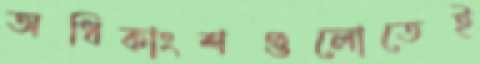
অধিকাংশগুলোতেই